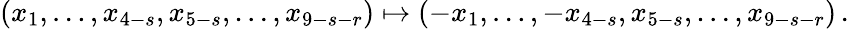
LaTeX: (x_{1},\dots,x_{4-s},x_{5-s},\dots,x_{9-s-r})\mapsto(-x_{1},\dots,-x_{4-s},x_{5-s},\dots,x_{9-s-r})\, .